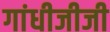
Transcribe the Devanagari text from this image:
गांधीजीजी